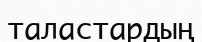
таластардың